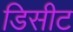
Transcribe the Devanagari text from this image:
डिसीट